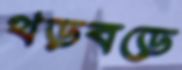
থড়বড়ে